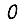
Digit: 0